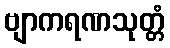
ဗျာကရဏသုတ္တံ